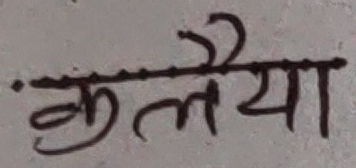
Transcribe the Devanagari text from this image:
कलैया